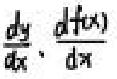
\(\frac{dy}{dx}, \frac{d f(x)}{dx}\)